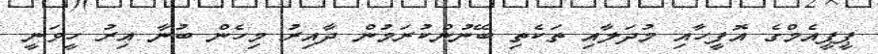
ޕީޕީއެމްގެ އޮފީހާއި މުދަލާއި ތަކެތި ބޭނުންކުރަމުން ދާއިރު މިހެން ބުނާ އިރު ހީވަނީ